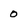
Character: 0